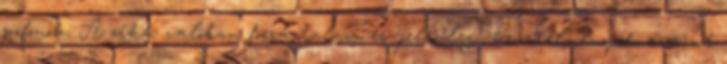
pofonok. A cikk valóban forrástalan, és jelenlegi követelmények szerint